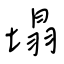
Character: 塌